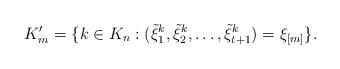
LaTeX: \begin{align*} K'_m=\{k \in K_n : (\tilde \xi_1^k,\tilde \xi_2^k, \ldots,\tilde \xi_{t+1}^k)=\xi_{[m]}\}.\end{align*}